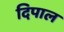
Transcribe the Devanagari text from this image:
दिपाल